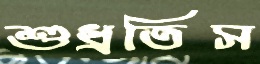
শুধ্‌রতিস